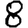
Digit: 8